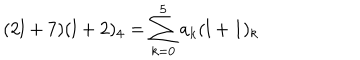
LaTeX: ( 2 l + 7 ) ( l + 2 ) _ { 4 } = \sum _ { k = 0 } ^ { 5 } a _ { k } ( l + 1 ) _ { k }